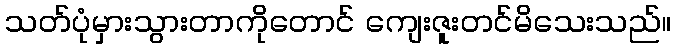
သတ်ပုံမှားသွားတာကိုတောင် ကျေးဇူးတင်မိသေးသည်။